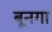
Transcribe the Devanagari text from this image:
बूनगा